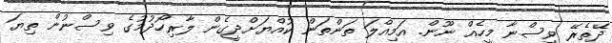
ދޭތެރޭ ވިސްނާ މީހެއް ނޫން. އަމިއްލަ ތަންތަން ކުއްޔަށްދީގެން ލާރިހޯދުމުގެ ވިސްނުން ތިޔަ